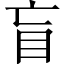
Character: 盲